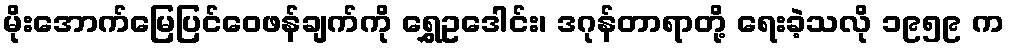
မိုးအောက်မြေပြင်ဝေဖန်ချက်ကို ရွှေဥဒေါင်း၊ ဒဂုန်တာရာတို့ ရေးခဲ့သလို ၁၉၅၉ က